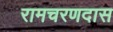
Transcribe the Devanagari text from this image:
रामचरणदास